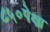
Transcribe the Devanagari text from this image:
८५०पेक्षा